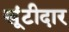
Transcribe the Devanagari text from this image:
खूंटीदार